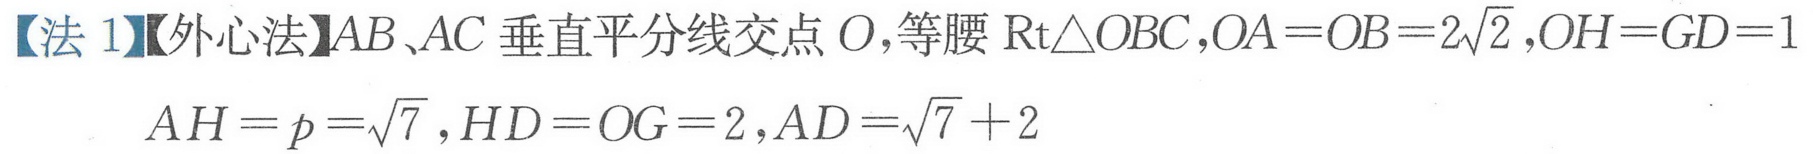
【法 1】【外心法】\(AB、AC\) 垂直平分线交点 \(O\),等腰 \(\text{Rt}\triangle OBC\),\(OA = OB = 2\sqrt{2},OH = GD = 1\)
\(AH = p=\sqrt{7},HD = OG = 2,AD=\sqrt{7}+2\)